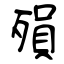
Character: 殞